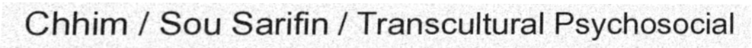
Chhim / Sou Sarifin / Transcultural Psychosocial